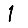
Digit: 1